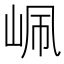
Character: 𡶺